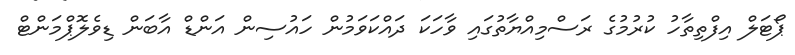
ޕޯޓަލް އިފްތިތާހު ކުރުމުގެ ރަސްމިއްޔާތުގައި ވާހަކަ ދައްކަވަމުން ހައުސިން އަންޑް އާބަން ޑިވެލޮޕްމަންޓް